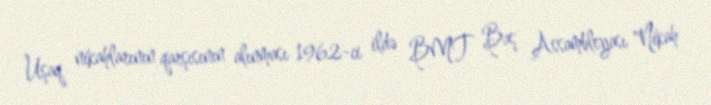
Uşaq nikahlarının qarşısının alınması 1962-ci ildə BMT Baş Assambleyası "Nikah